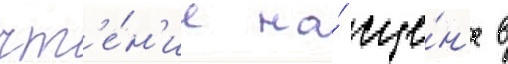
чт'е́н'ие на́ сце́н'е в